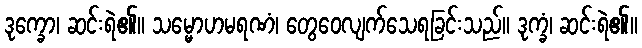
ဒုက္ခော၊ ဆင်းရဲ၏။ သမ္မောဟမရဏံ၊ တွေဝေလျက်သေရခြင်းသည်။ ဒုက္ခံ၊ ဆင်းရဲ၏။